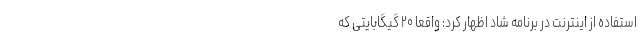
استفاده از اینترنت در برنامه شاد اظهار کرد: واقعا ۲۰ گیگابایتی که